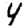
Digit: 4